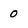
Character: 0